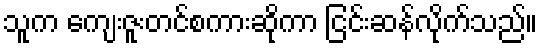
သူက ကျေးဇူးတင်စကားဆိုကာ ငြင်းဆန်လိုက်သည်။